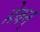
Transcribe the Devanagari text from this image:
हेवन्